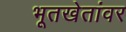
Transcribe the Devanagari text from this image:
भूतखेतांवर